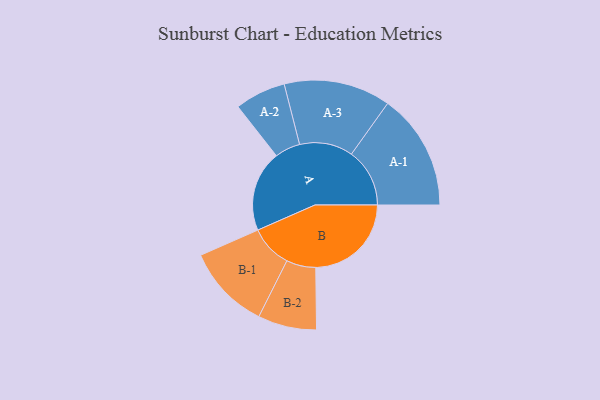
{"axis": {"x": "Segment", "y": "Value"}, "legend": ["", "A", "B"], "data": [{"x": "A", "y": 397, "type": ""}, {"x": "B", "y": 469, "type": ""}, {"x": "A-1", "y": 286, "type": "A"}, {"x": "A-2", "y": 125, "type": "A"}, {"x": "A-3", "y": 262, "type": "A"}, {"x": "B-1", "y": 208, "type": "B"}, {"x": "B-2", "y": 144, "type": "B"}]}